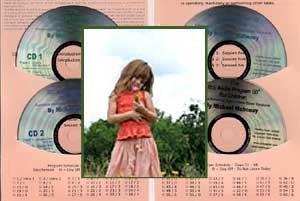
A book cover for IBS Audio Hypnosis Program 60 for Children with Irritable Bowel Syndrome; Michael Mahoney; Health, Fitness & Dieting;